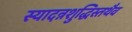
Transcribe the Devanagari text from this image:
स्यादन्नशुद्धिस्तथैव